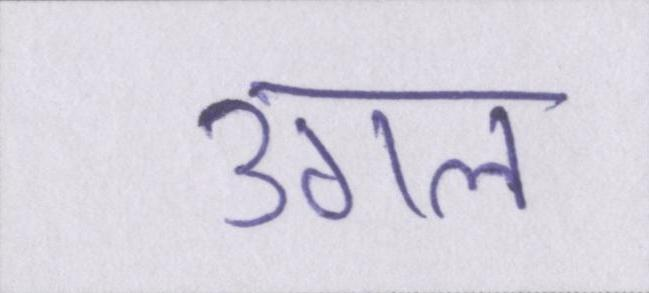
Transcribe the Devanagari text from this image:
उगल